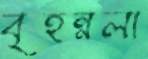
বৃহন্নলা